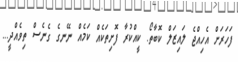
ފަހަރަށް އެހިއްޖެ ލައިޒަލް ކޮބާތޯ. ކީއްކުރާ ފޮށިތަކެއް ކަމެއް ނޭނގެ ގެނެސް ތިވެއްދީ...